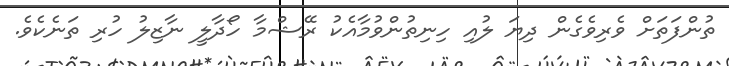
ތުންފަތަށް ވެރިވެގެން ދިޔަ ލުއި ހިނިތުންވުމާއެކު ރޭޝްމާ ހޯދާލީ ނާޒިލު ހުރި ތަނެކެވެ.